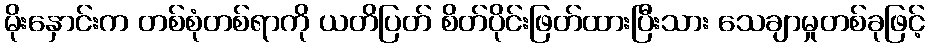
မိုးနှောင်းက တစ်စုံတစ်ရာကို ယတိပြတ် စိတ်ပိုင်းဖြတ်ထားပြီးသား သေချာမှုတစ်ခုဖြင့်